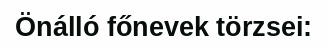
Önálló főnevek törzsei: